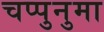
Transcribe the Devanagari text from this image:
चप्पुनुमा